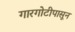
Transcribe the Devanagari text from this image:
गारगोटीपासून